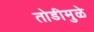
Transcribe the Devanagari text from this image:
तोडीमुळे